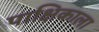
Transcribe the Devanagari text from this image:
पाक्षिकाला